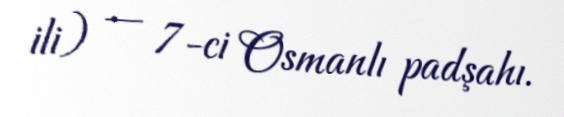
ili) — 7-ci Osmanlı padşahı.